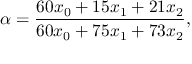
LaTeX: \alpha = \frac { 6 0 x _ { 0 } + 1 5 x _ { 1 } + 2 1 x _ { 2 } } { 6 0 x _ { 0 } + 7 5 x _ { 1 } + 7 3 x _ { 2 } } ,